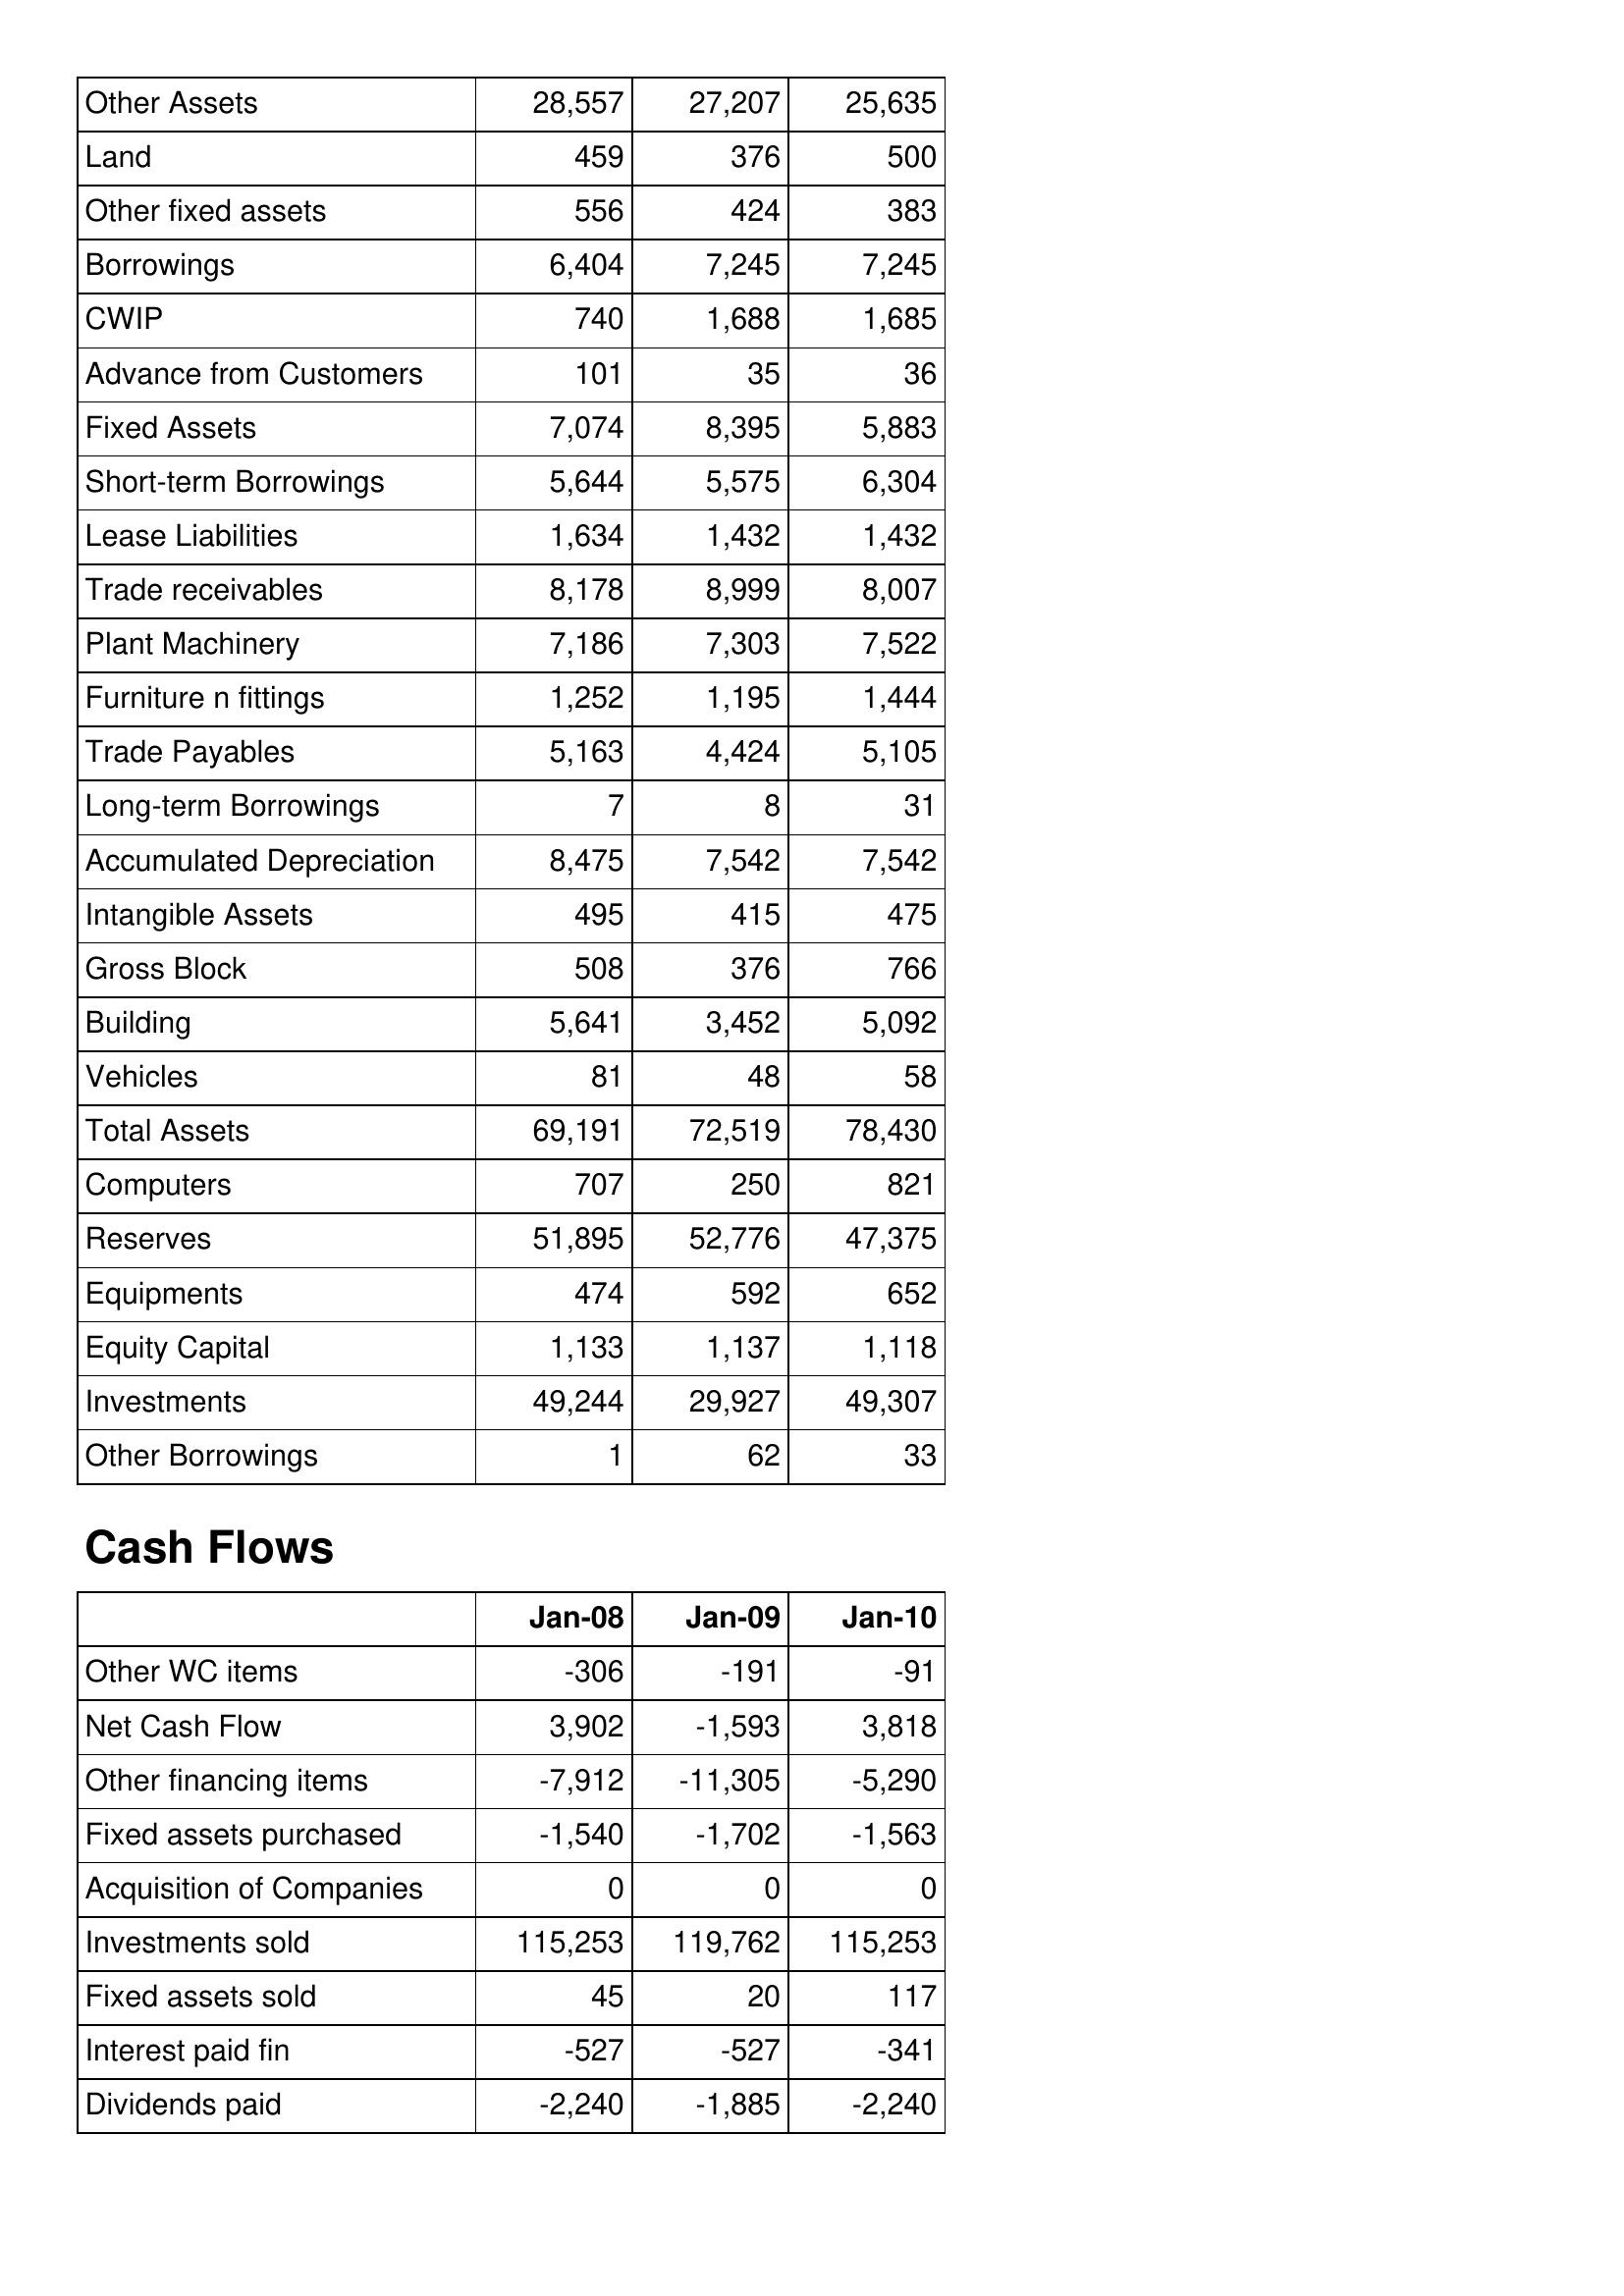
Jan-08: Balance Sheet: Other Assets: 28,557
Land: 459
Other fixed assets: 556
Borrowings: 6,404
CWIP: 740
Advance from Customers: 101
Fixed Assets: 7,074
Short-term Borrowings: 5,644
Lease Liabilities: 1,634
Trade receivables: 8,178
Plant Machinery: 7,186
Furniture n fittings: 1,252
Trade Payables: 5,163
Long-term Borrowings: 7
Accumulated Depreciation: 8,475
Intangible Assets: 495
Gross Block: 508
Building: 5,641
Vehicles: 81
Total Assets: 69,191
Computers: 707
Reserves: 51,895
Equipments: 474
Equity Capital: 1,133
Investments: 49,244
Other Borrowings: 1
Cash Flows: Other WC items: -306
Net Cash Flow: 3,902
Other financing items: -7,912
Fixed assets purchased: -1,540
Acquisition of Companies: 0
Investments sold: 115,253
Fixed assets sold: 45
Interest paid fin: -527
Dividends paid: -2,240
Jan-09: Balance Sheet: Other Assets: 27,207
Land: 376
Other fixed assets: 424
Borrowings: 7,245
CWIP: 1,688
Advance from Customers: 35
Fixed Assets: 8,395
Short-term Borrowings: 5,575
Lease Liabilities: 1,432
Trade receivables: 8,999
Plant Machinery: 7,303
Furniture n fittings: 1,195
Trade Payables: 4,424
Long-term Borrowings: 8
Accumulated Depreciation: 7,542
Intangible Assets: 415
Gross Block: 376
Building: 3,452
Vehicles: 48
Total Assets: 72,519
Computers: 250
Reserves: 52,776
Equipments: 592
Equity Capital: 1,137
Investments: 29,927
Other Borrowings: 62
Cash Flows: Other WC items: -191
Net Cash Flow: -1,593
Other financing items: -11,305
Fixed assets purchased: -1,702
Acquisition of Companies: 0
Investments sold: 119,762
Fixed assets sold: 20
Interest paid fin: -527
Dividends paid: -1,885
Jan-10: Balance Sheet: Other Assets: 25,635
Land: 500
Other fixed assets: 383
Borrowings: 7,245
CWIP: 1,685
Advance from Customers: 36
Fixed Assets: 5,883
Short-term Borrowings: 6,304
Lease Liabilities: 1,432
Trade receivables: 8,007
Plant Machinery: 7,522
Furniture n fittings: 1,444
Trade Payables: 5,105
Long-term Borrowings: 31
Accumulated Depreciation: 7,542
Intangible Assets: 475
Gross Block: 766
Building: 5,092
Vehicles: 58
Total Assets: 78,430
Computers: 821
Reserves: 47,375
Equipments: 652
Equity Capital: 1,118
Investments: 49,307
Other Borrowings: 33
Cash Flows: Other WC items: -91
Net Cash Flow: 3,818
Other financing items: -5,290
Fixed assets purchased: -1,563
Acquisition of Companies: 0
Investments sold: 115,253
Fixed assets sold: 117
Interest paid fin: -341
Dividends paid: -2,240